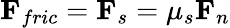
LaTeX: \mathbf{F}_{fric}=\mathbf{F}_{s}=\mu_{s}\mathbf{F}_{n}